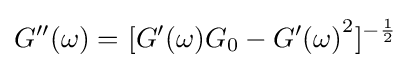
{G^{\prime \prime }(\omega )=\ }[G^{\prime }(\omega )G_{0}-{G^{\prime }(\omega )}^{2}]^{-{1 \over 2}}